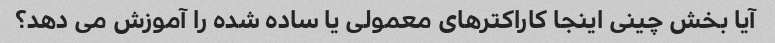
آیا بخش چینی اینجا کاراکترهای معمولی یا ساده شده را آموزش می دهد؟